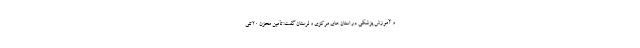
و آموزش پزشکی در استان های مرکزی و لرستان گفت: تأمین مخزن 20 تنی